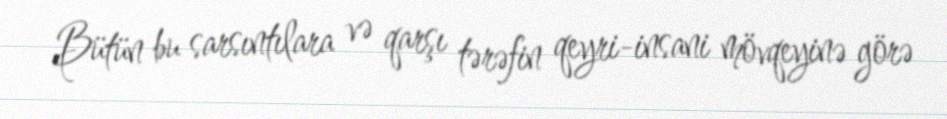
Bütün bu sarsıntılara və qarşı tərəfin qeyri-insani mövqeyinə görə